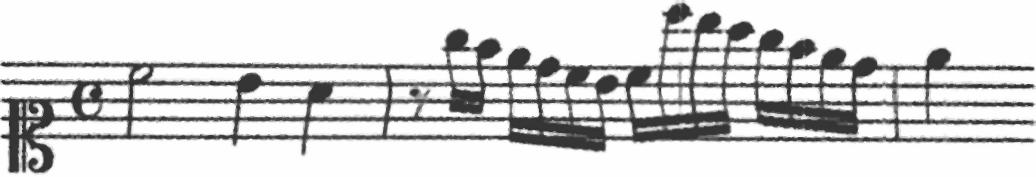
Transcription: clef-C1 timeSignature-C note-C5_half note-B4_quarter note-A4_quarter barline rest-eighth note-G5_sixteenth note-F5_sixteenth note-E5_sixteenth note-D5_sixteenth note-C5_sixteenth note-B4_sixteenth note-C5_sixteenth note-C6_sixteenth note-B5_sixteenth note-A5_sixteenth note-G5_sixteenth note-F5_sixteenth note-E5_sixteenth note-D5_sixteenth barline note-E5_quarter